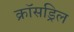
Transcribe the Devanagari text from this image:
क्रॉसड्रिल